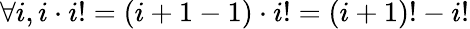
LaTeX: \forall i,i\cdot i!=(i+1-1)\cdot i!=(i+1)!-i!